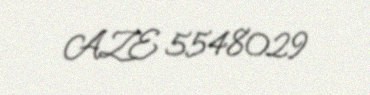
AZE 5548029